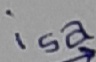
Text: isa